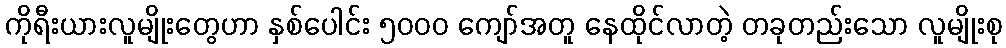
ကိုရီးယားလူမျိုးတွေဟာ နှစ်ပေါင်း ၅၀၀၀ ကျော်အတူ နေထိုင်လာတဲ့ တခုတည်းသော လူမျိုးစု